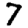
Digit: 7